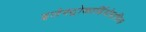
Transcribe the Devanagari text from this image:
इलेक्ट्रोकार्डियोग्राफिक